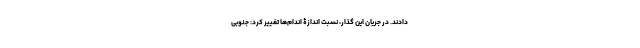
دادند. در جریان این گذار، نسبت‌‌ اندازۀ اندام‌ها تغییر کرد: جنوبی